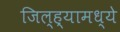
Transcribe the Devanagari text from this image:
जिल्‍ह्यामध्ये